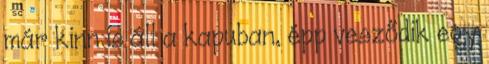
már kinn is áll a kapuban, épp vesződik egy